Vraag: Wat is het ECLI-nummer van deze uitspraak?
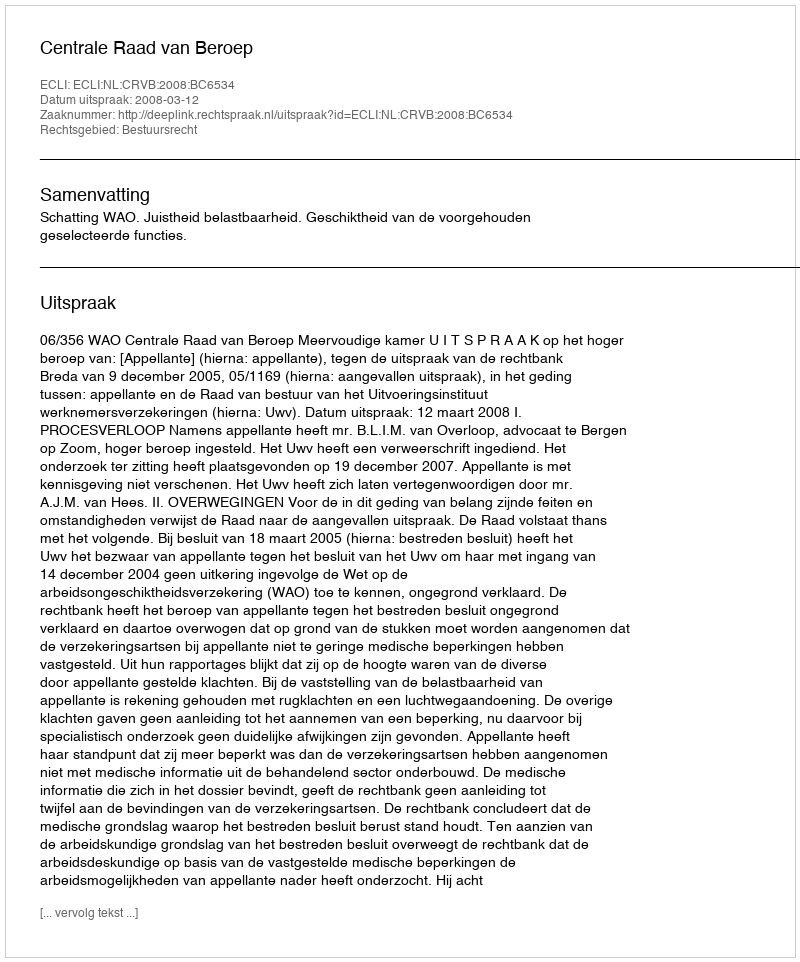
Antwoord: ECLI:NL:CRVB:2008:BC6534